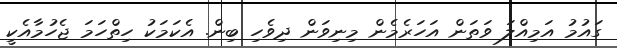
ގައުމު އަމިއްލަ ވަތަން އަހަރެމެން މިނިވަން ދިވެހި ބިން. އެކަމަކު ހިތްހަމަ ޖެހުމާއެކީ